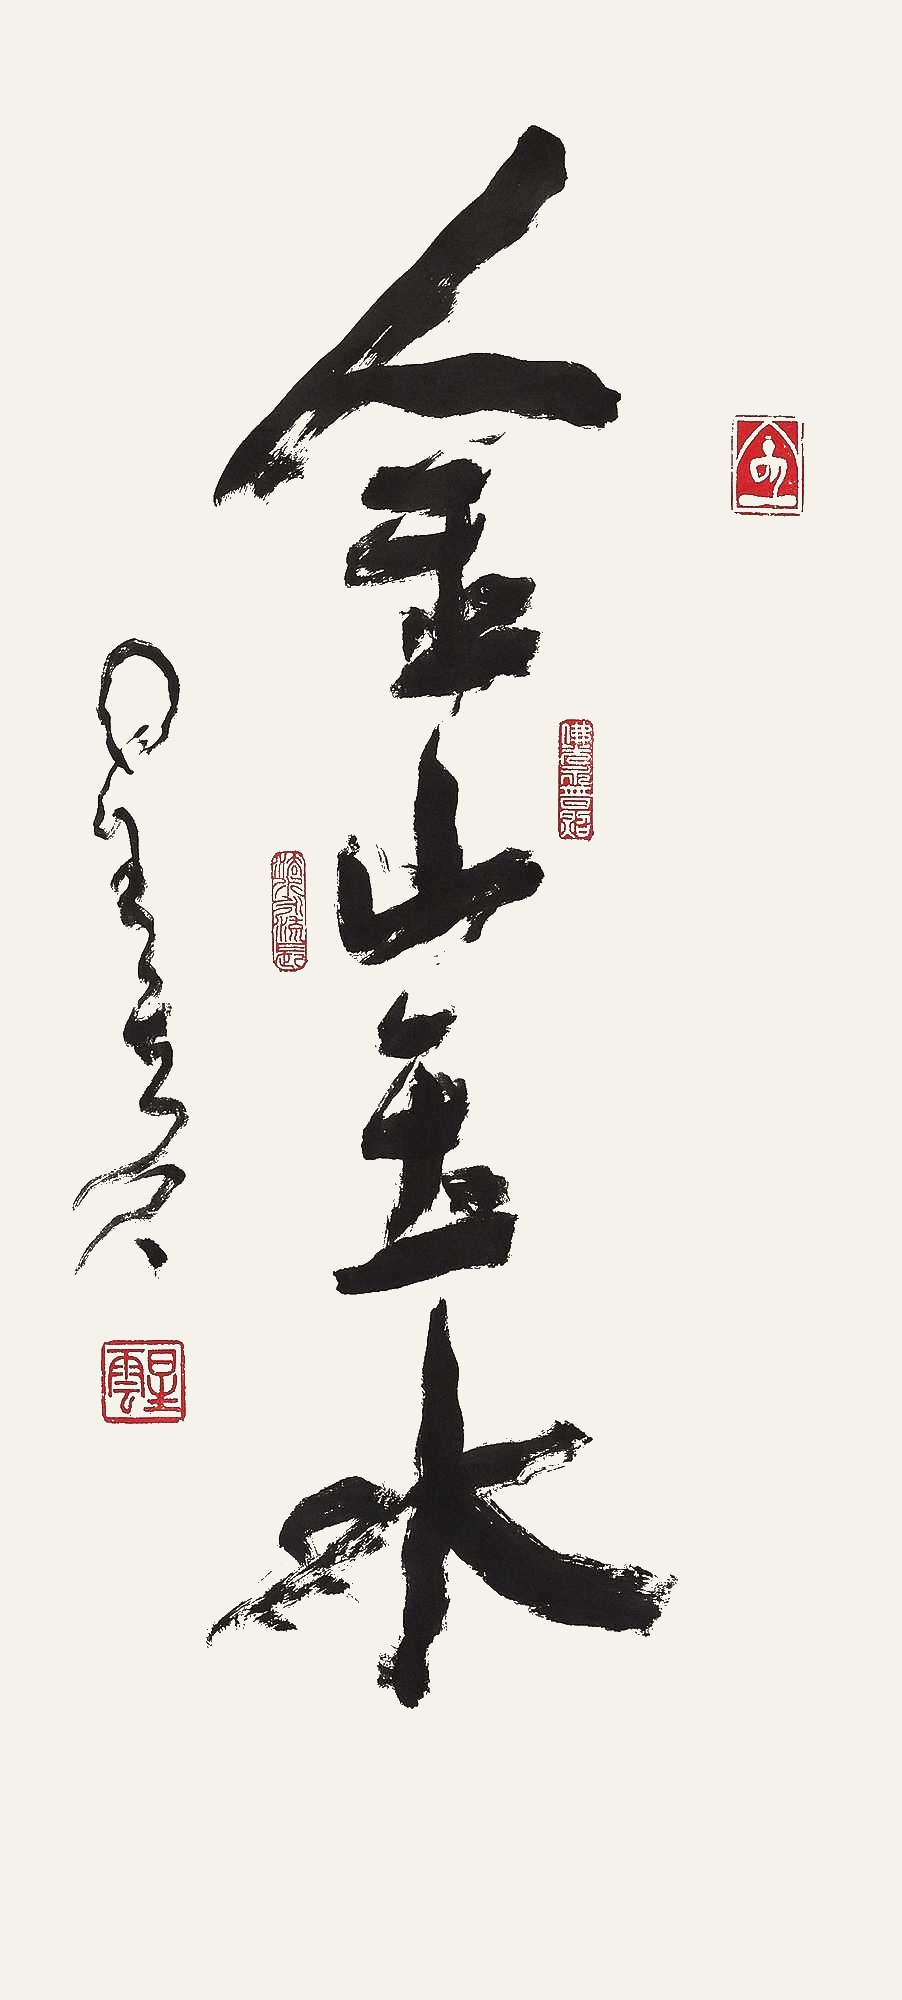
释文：金山玉水星云八八